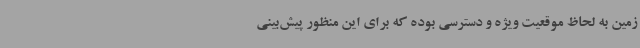
زمین به لحاظ موقعیت ویژه و دسترسی بوده که برای این منظور پیش‌بینی